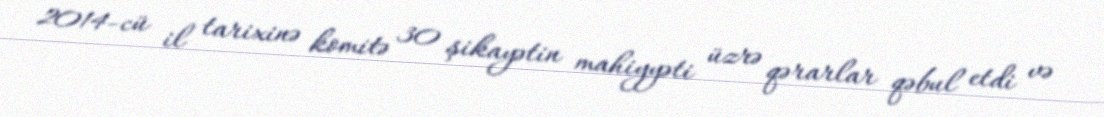
2014-cü il tarixinə komitə 30 şikayətin mahiyyəti üzrə qərarlar qəbul etdi və